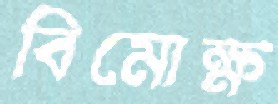
বিমোক্ষ